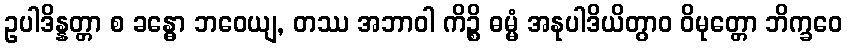
ဥပါဒိန္နတ္တာ စ ခန္ဓော ဘဝေယျ, တဿ အဘာဝါ ကိဉ္စိ ဓမ္မံ အနုပါဒိယိတွာဝ ဝိမုတ္တော ဘိက္ခဝေ